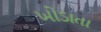
ખોડાતા